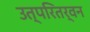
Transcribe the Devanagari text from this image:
उत्परितर्वन